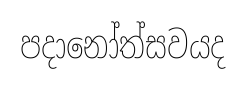
පදානෝත්සවයද